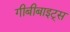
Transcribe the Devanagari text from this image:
गीबीबाइट्स